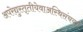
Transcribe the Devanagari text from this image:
अपरेद्युस्तृतीयेवाअस्थिसंचयनं